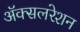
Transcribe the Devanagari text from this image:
अॅक्सलरेशन